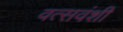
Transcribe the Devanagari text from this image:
वत्सवंशी